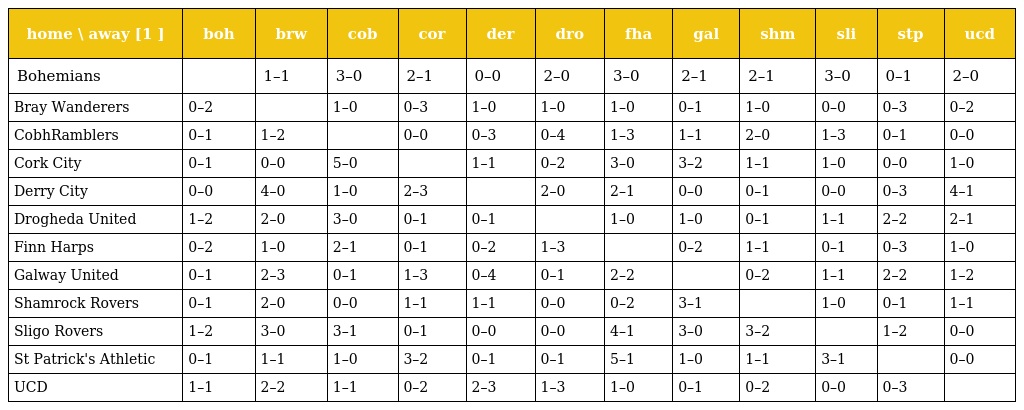
| home \ away [1 ] | boh | brw | cob | cor | der | dro | fha | gal | shm | sli | stp | ucd |
 | --- | --- | --- | --- | --- | --- | --- | --- | --- | --- | --- | --- | --- |
 | Bohemians |  | 1–1 | 3–0 | 2–1 | 0–0 | 2–0 | 3–0 | 2–1 | 2–1 | 3–0 | 0–1 | 2–0 |
 | Bray Wanderers | 0–2 |  | 1–0 | 0–3 | 1–0 | 1–0 | 1–0 | 0–1 | 1–0 | 0–0 | 0–3 | 0–2 |
 | CobhRamblers | 0–1 | 1–2 |  | 0–0 | 0–3 | 0–4 | 1–3 | 1–1 | 2–0 | 1–3 | 0–1 | 0–0 |
 | Cork City | 0–1 | 0–0 | 5–0 |  | 1–1 | 0–2 | 3–0 | 3–2 | 1–1 | 1–0 | 0–0 | 1–0 |
 | Derry City | 0–0 | 4–0 | 1–0 | 2–3 |  | 2–0 | 2–1 | 0–0 | 0–1 | 0–0 | 0–3 | 4–1 |
 | Drogheda United | 1–2 | 2–0 | 3–0 | 0–1 | 0–1 |  | 1–0 | 1–0 | 0–1 | 1–1 | 2–2 | 2–1 |
 | Finn Harps | 0–2 | 1–0 | 2–1 | 0–1 | 0–2 | 1–3 |  | 0–2 | 1–1 | 0–1 | 0–3 | 1–0 |
 | Galway United | 0–1 | 2–3 | 0–1 | 1–3 | 0–4 | 0–1 | 2–2 |  | 0–2 | 1–1 | 2–2 | 1–2 |
 | Shamrock Rovers | 0–1 | 2–0 | 0–0 | 1–1 | 1–1 | 0–0 | 0–2 | 3–1 |  | 1–0 | 0–1 | 1–1 |
 | Sligo Rovers | 1–2 | 3–0 | 3–1 | 0–1 | 0–0 | 0–0 | 4–1 | 3–0 | 3–2 |  | 1–2 | 0–0 |
 | St Patrick's Athletic | 0–1 | 1–1 | 1–0 | 3–2 | 0–1 | 0–1 | 5–1 | 1–0 | 1–1 | 3–1 |  | 0–0 |
 | UCD | 1–1 | 2–2 | 1–1 | 0–2 | 2–3 | 1–3 | 1–0 | 0–1 | 0–2 | 0–0 | 0–3 |  |